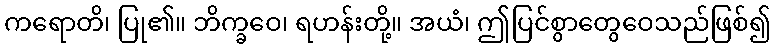
ကရောတိ၊ ပြု၏။ ဘိက္ခဝေ၊ ရဟန်းတို့။ အယံ၊ ဤပြင်စွာတွေဝေသည်ဖြစ်၍